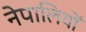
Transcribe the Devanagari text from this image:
नेपालियोँ